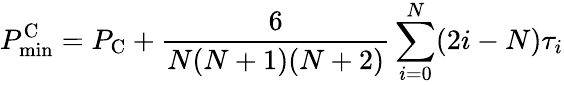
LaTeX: P_{\mathrm{min}}^{\mathrm C}=P_{\mathrm C}+{\frac{6}{N(N+1)(N+2)}}\sum_{i=0}^{N}(2i-N)\tau_{i}